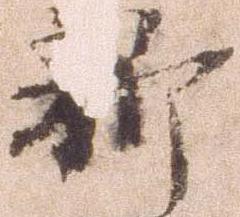
新